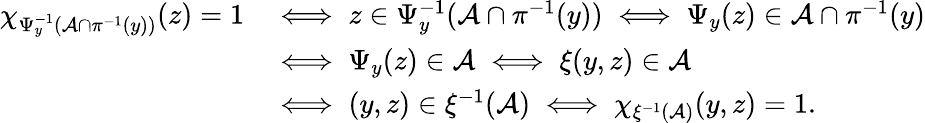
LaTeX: \begin{array}{rl}{\chi_{\Psi_{y}^{-1}(\mathcal A\cap\pi^{-1}(y))}(z)=1}&{\iff z\in\Psi_{y}^{-1}(\mathcal A\cap\pi^{-1}(y))\iff\Psi_{y}(z)\in\mathcal A\cap\pi^{-1}(y)}\\ &{\iff\Psi_{y}(z)\in\mathcal A\iff\xi(y,z)\in\mathcal A}\\ &{\iff(y,z)\in\xi^{-1}(\mathcal A)\iff\chi_{\xi^{-1}(\mathcal A)}(y,z)=1.}\end{array}